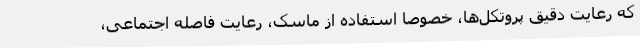
که رعایت دقیق پروتکل‌ها، خصوصا استفاده از ماسک، رعایت فاصله اجتماعی،